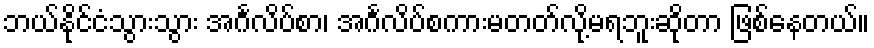
ဘယ်နိုင်ငံသွားသွား အင်္ဂလိပ်စာ၊ အင်္ဂလိပ်စကားမတတ်လို့မရဘူးဆိုတာ ဖြစ်နေတယ်။